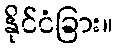
နိုင်ငံခြား။